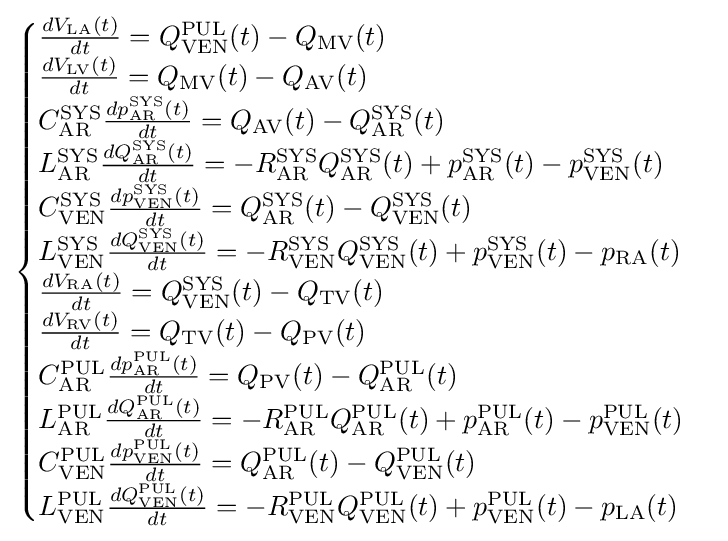
{\begin{cases}{\frac {dV_{\mathrm {LA} }(t)}{dt}}=Q_{\mathrm {VEN} }^{\mathrm {PUL} }(t)-Q_{\mathrm {MV} }(t)\\{\frac {dV_{\mathrm {LV} }(t)}{dt}}=Q_{\mathrm {MV} }(t)-Q_{\mathrm {AV} }(t)\\C_{\mathrm {AR} }^{\mathrm {SYS} }{\frac {dp_{\mathrm {AR} }^{\mathrm {SYS} }(t)}{dt}}=Q_{\mathrm {AV} }(t)-Q_{\mathrm {AR} }^{\mathrm {SYS} }(t)\\L_{\mathrm {AR} }^{\mathrm {SYS} }{\frac {dQ_{\mathrm {AR} }^{\mathrm {SYS} }(t)}{dt}}=-R_{\mathrm {AR} }^{\mathrm {SYS} }Q_{\mathrm {AR} }^{\mathrm {SYS} }(t)+p_{\mathrm {AR} }^{\mathrm {SYS} }(t)-p_{\mathrm {VEN} }^{\mathrm {SYS} }(t)\\C_{\mathrm {VEN} }^{\mathrm {SYS} }{\frac {dp_{\mathrm {VEN} }^{\mathrm {SYS} }(t)}{dt}}=Q_{\mathrm {AR} }^{\mathrm {SYS} }(t)-Q_{\mathrm {VEN} }^{\mathrm {SYS} }(t)\\L_{\mathrm {VEN} }^{\mathrm {SYS} }{\frac {dQ_{\mathrm {VEN} }^{\mathrm {SYS} }(t)}{dt}}=-R_{\mathrm {VEN} }^{\mathrm {SYS} }Q_{\mathrm {VEN} }^{\mathrm {SYS} }(t)+p_{\mathrm {VEN} }^{\mathrm {SYS} }(t)-p_{\mathrm {RA} }(t)\\{\frac {dV_{\mathrm {RA} }(t)}{dt}}=Q_{\mathrm {VEN} }^{\mathrm {SYS} }(t)-Q_{\mathrm {TV} }(t)\\{\frac {dV_{\mathrm {RV} }(t)}{dt}}=Q_{\mathrm {TV} }(t)-Q_{\mathrm {PV} }(t)\\C_{\mathrm {AR} }^{\mathrm {PUL} }{\frac {dp_{\mathrm {AR} }^{\mathrm {PUL} }(t)}{dt}}=Q_{\mathrm {PV} }(t)-Q_{\mathrm {AR} }^{\mathrm {PUL} }(t)\\L_{\mathrm {AR} }^{\mathrm {PUL} }{\frac {dQ_{\mathrm {AR} }^{\mathrm {PUL} }(t)}{dt}}=-R_{\mathrm {AR} }^{\mathrm {PUL} }Q_{\mathrm {AR} }^{\mathrm {PUL} }(t)+p_{\mathrm {AR} }^{\mathrm {PUL} }(t)-p_{\mathrm {VEN} }^{\mathrm {PUL} }(t)\\C_{\mathrm {VEN} }^{\mathrm {PUL} }{\frac {dp_{\mathrm {VEN} }^{\mathrm {PUL} }(t)}{dt}}=Q_{\mathrm {AR} }^{\mathrm {PUL} }(t)-Q_{\mathrm {VEN} }^{\mathrm {PUL} }(t)\\L_{\mathrm {VEN} }^{\mathrm {PUL} }{\frac {dQ_{\mathrm {VEN} }^{\mathrm {PUL} }(t)}{dt}}=-R_{\mathrm {VEN} }^{\mathrm {PUL} }Q_{\mathrm {VEN} }^{\mathrm {PUL} }(t)+p_{\mathrm {VEN} }^{\mathrm {PUL} }(t)-p_{\mathrm {LA} }(t)\end{cases}}